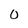
Character: 0